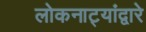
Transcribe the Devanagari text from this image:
लोकनाट्यांद्वारे